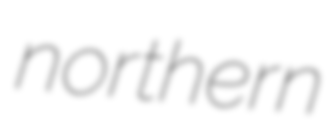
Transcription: northern